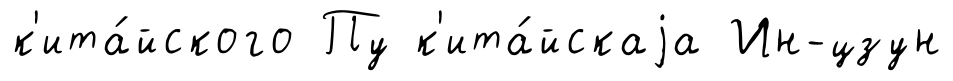
к'ита́йского Пу к'ита́йскаjа Ин-цзун